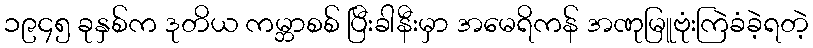
၁၉၄၅ ခုနှစ်က ဒုတိယ ကမ္ဘာစစ် ပြီးခါနီးမှာ အမေရိကန် အဏုမြူဗုံးကြဲခံခဲ့ရတဲ့